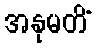
အနုမတိံ